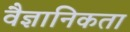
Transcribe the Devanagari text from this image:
वैज्ञानिकता